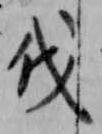
伐